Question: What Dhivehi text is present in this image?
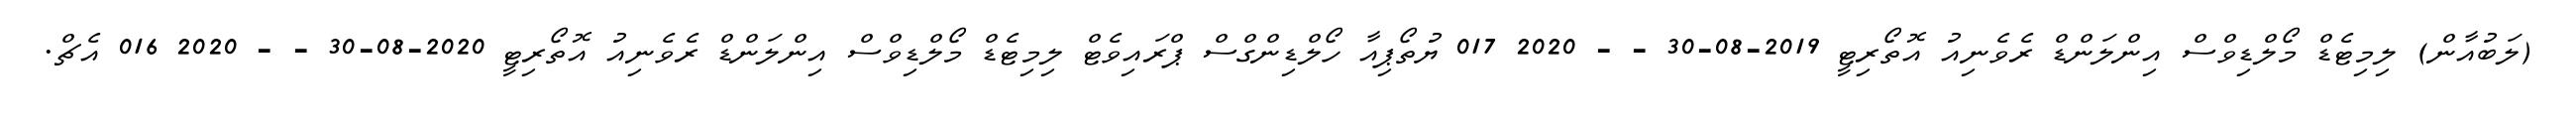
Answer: (ލަބުއާން) ލިމިޓެޑް މޯލްޑިވްސް އިންލަންޑް ރެވެނިއު އޮތޯރިޓީ 2019-08-30 - - 2020 017 ޔުތޯޕިއާ ހޯލްޑިންގްސް ޕްރައިވެޓް ލިމިޓެޑް މޯލްޑިވްސް އިންލަންޑް ރެވެނިއު އޮތޯރިޓީ 2020-08-30 - - 2020 016 އެޗް.